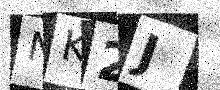
Text: NK2J